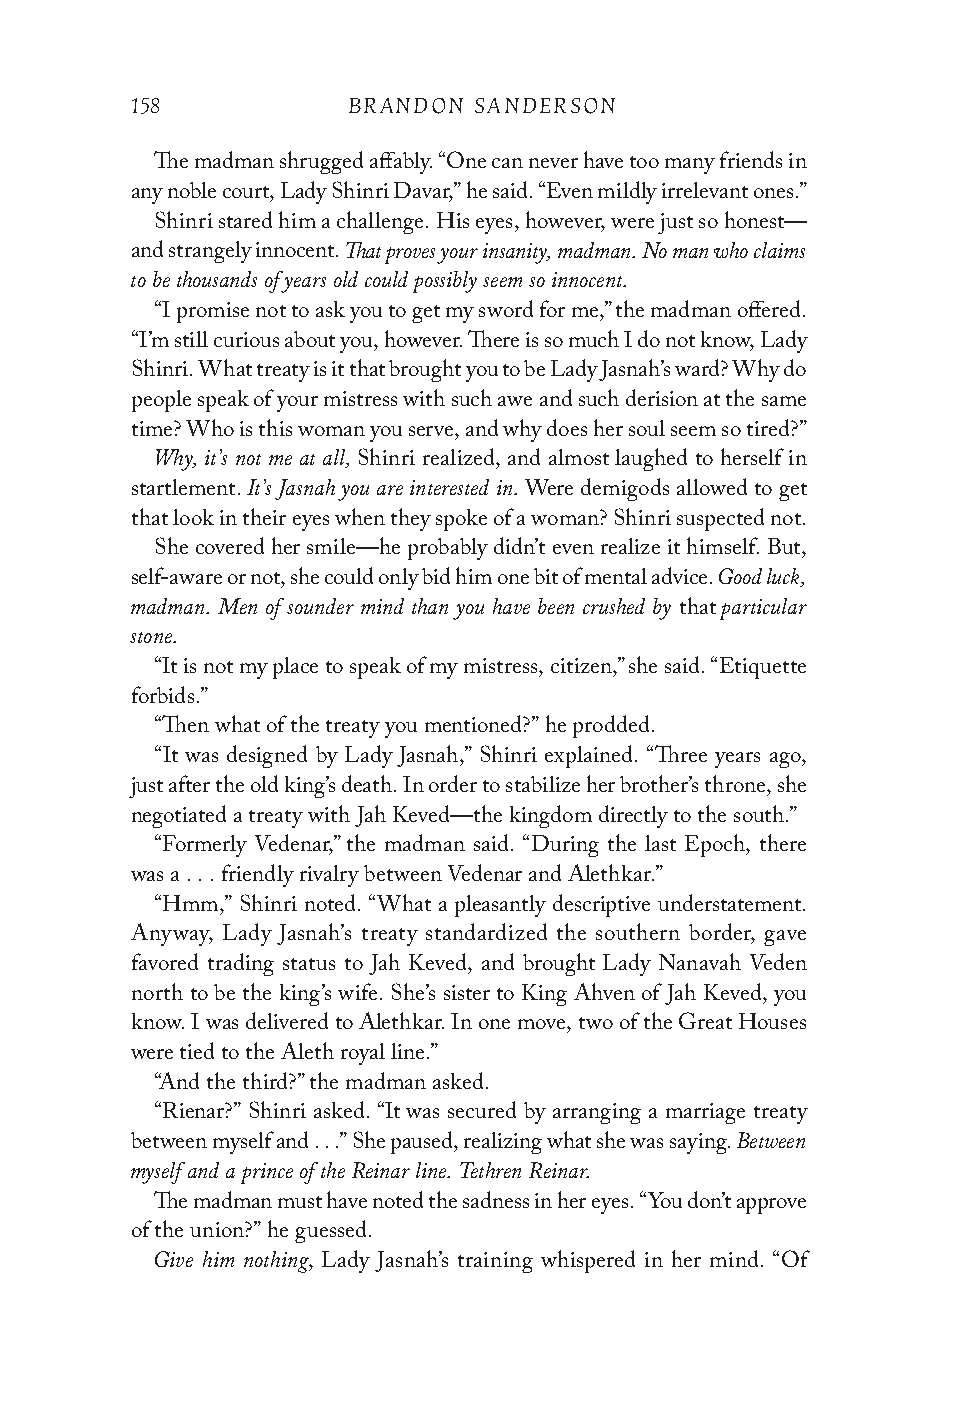
158           BRANDON SANDERSON
 The madman shrugged affably. “One can never have too many friends in
 any noble court, Lady Shinri Davar,” he said. “Even mildly irrelevant ones.”
 Shinri stared him a challenge. His eyes, however, were just so honest—
 That proves your insanity, madman. No man who claims
 and strangely innocent.
 to be thousands of years old could possibly seem so innocent.
 “I promise not to ask you to get my sword for me,” the madman offered.
 “I’m still curious about you, however. There is so much I do not know, Lady
 Shinri. What treaty is it that brought you to be Lady Jasnah’s ward? Why do
 people speak of your mistress with such awe and such derision at the same
 time? Who is this woman you serve, and why does her soul seem so tired?”
 Why, it’s not me at all,
 Shinri realized, and almost laughed to herself in
 It’s Jasnah you are interested in.
 startlement.              Were demigods allowed to get
 that look in their eyes when they spoke of a woman? Shinri suspected not.
 She covered her smile—he probably didn’t even realize it himself. But,
 Good luck,
 self-aware or not, she could only bid him one bit of mental advice.
 madman. Men of sounder mind than you have been crushed by particular
 that
 stone.
 “It is not my place to speak of my mistress, citizen,” she said. “Etiquette
 forbids.”
 “Then what of the treaty you mentioned?” he prodded.
 “It was designed by Lady Jasnah,” Shinri explained. “Three years ago,
 just after the old king’s death. In order to stabilize her brother’s throne, she
 negotiated a treaty with Jah Keved—the kingdom directly to the south.”
 “Formerly Vedenar,” the madman said. “During the last Epoch, there
 was a . . . friendly rivalry between Vedenar and Alethkar.”
 “Hmm,” Shinri noted. “What a pleasantly descriptive understatement.
 Anyway, Lady Jasnah’s treaty standardized the southern border, gave
 favored trading status to Jah Keved, and brought Lady Nanavah Veden
 north to be the king’s wife. She’s sister to King Ahven of Jah Keved, you
 know. I was delivered to Alethkar. In one move, two of the Great Houses
 were tied to the Aleth royal line.”
 “And the third?” the madman asked.
 “Rienar?” Shinri asked. “It was secured by arranging a marriage treaty
 Between
 between myself and . . .” She paused, realizing what she was saying.
 myself and a prince of the Reinar line. Tethren Reinar.
 The madman must have noted the sadness in her eyes. “You don’t approve
 of the union?” he guessed.
 Give him nothing
 , Lady Jasnah’s training whispered in her mind. “Of